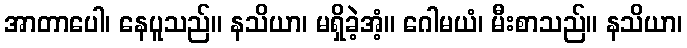
အာတာပေါ၊ နေပူသည်။ နသိယာ၊ မရှိခဲ့အံ့။ ဂေါမယံ၊ မီးစာသည်။ နသိယာ၊